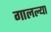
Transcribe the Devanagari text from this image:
गालल्या